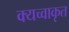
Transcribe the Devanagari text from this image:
क्यच्वाकृत